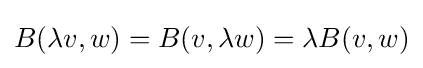
B(\lambda v,w)=B(v,\lambda w)=\lambda B(v,w)